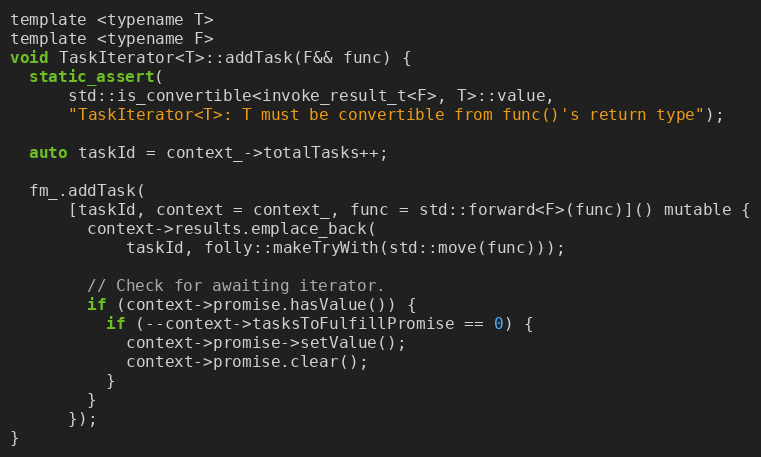
Language: C
template <typename T>
template <typename F>
void TaskIterator<T>::addTask(F&& func) {
  static_assert(
      std::is_convertible<invoke_result_t<F>, T>::value,
      "TaskIterator<T>: T must be convertible from func()'s return type");

  auto taskId = context_->totalTasks++;

  fm_.addTask(
      [taskId, context = context_, func = std::forward<F>(func)]() mutable {
        context->results.emplace_back(
            taskId, folly::makeTryWith(std::move(func)));

        // Check for awaiting iterator.
        if (context->promise.hasValue()) {
          if (--context->tasksToFulfillPromise == 0) {
            context->promise->setValue();
            context->promise.clear();
          }
        }
      });
}